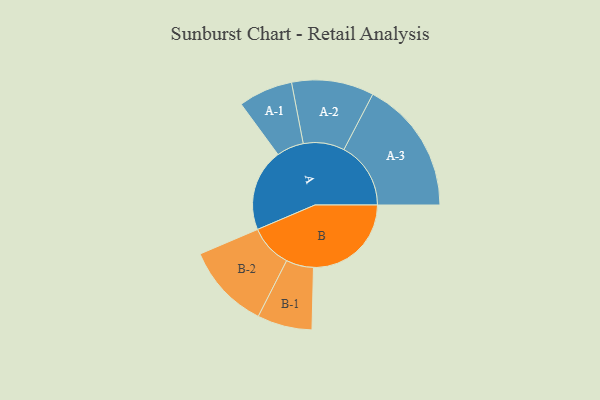
{"axis": {"x": "Segment", "y": "Value"}, "legend": ["", "A", "B"], "data": [{"x": "A", "y": 348, "type": ""}, {"x": "B", "y": 414, "type": ""}, {"x": "A-1", "y": 115, "type": "A"}, {"x": "A-2", "y": 174, "type": "A"}, {"x": "A-3", "y": 283, "type": "A"}, {"x": "B-1", "y": 116, "type": "B"}, {"x": "B-2", "y": 181, "type": "B"}]}